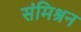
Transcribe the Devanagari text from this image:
संमिश्रन